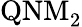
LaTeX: \mathrm{QNM_{2}}